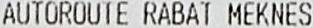
AUTOROUTE RABAT MEKNES